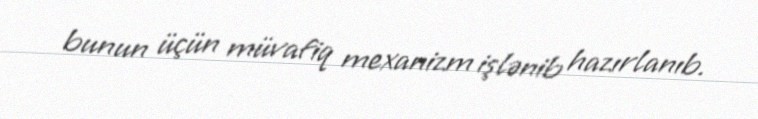
bunun üçün müvafiq mexanizm işlənib hazırlanıb.